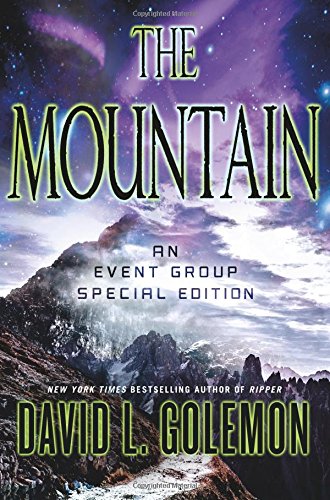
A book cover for The Mountain: An Event Group Thriller (Event Group Thrillers); David L. Golemon; Mystery, Thriller & Suspense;